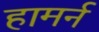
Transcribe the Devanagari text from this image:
हामर्न